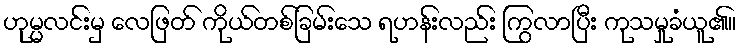
ဟုမ္မလင်းမှ လေဖြတ် ကိုယ်တစ်ခြမ်းသေ ရဟန်းလည်း ကြွလာပြီး ကုသမှုခံယူ၏။